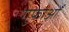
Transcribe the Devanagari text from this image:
गुफाओँ